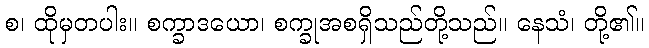
စ၊ ထိုမှတပါး။ စက္ခာဒယော၊ စက္ခုအစရှိသည်တို့သည်။ နေသံ၊ တို့၏။